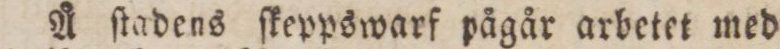
Å ſtadens ſkeppswarf pågår arbetet med